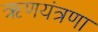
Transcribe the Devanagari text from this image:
ऋणयंत्रणा